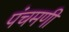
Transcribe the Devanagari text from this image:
पंचमणी